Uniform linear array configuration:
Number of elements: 8
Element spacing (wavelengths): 1
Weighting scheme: hann
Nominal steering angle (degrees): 45
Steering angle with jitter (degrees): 45.467
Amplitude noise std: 0.05
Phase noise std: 0.05

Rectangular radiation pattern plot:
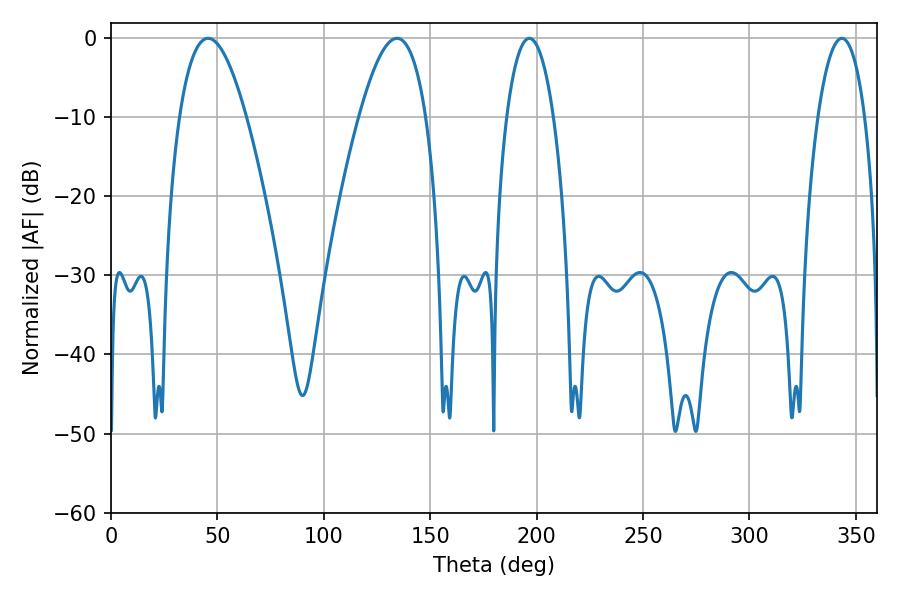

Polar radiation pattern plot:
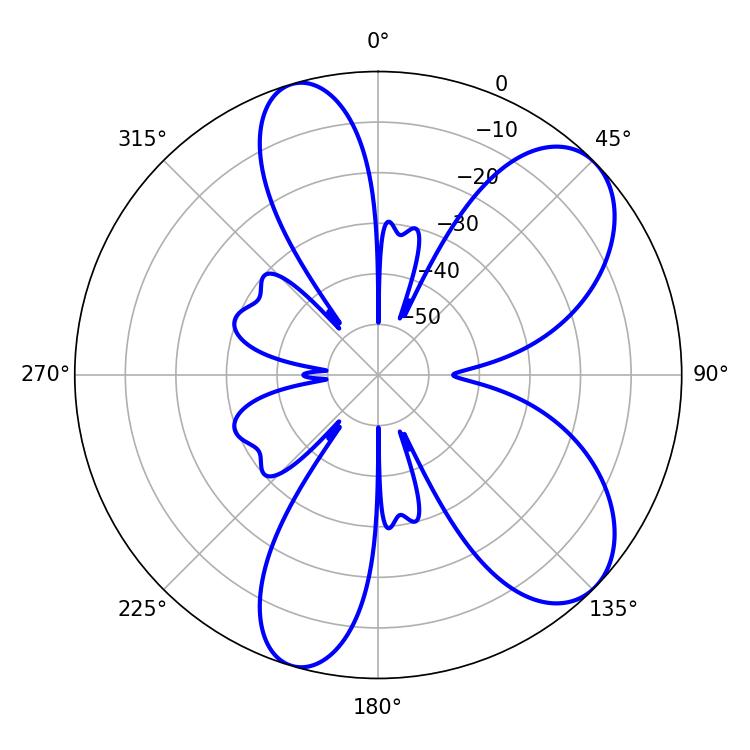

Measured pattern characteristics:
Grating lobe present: TRUE
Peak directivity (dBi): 7.742
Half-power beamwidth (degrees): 12.42
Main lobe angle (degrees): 196.56